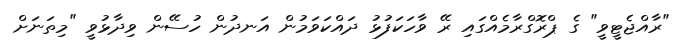
"ރާއްޖެޓީވީ" ގެ ޕްރޮގްރާމެއްގައި ރޭ ވާހަކަފުޅު ދައްކަވަމުން އަނދުން ހުސޭން ވިދާޅުވީ "މިތަނަށް